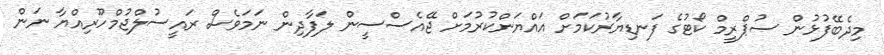
މިދެބޭފުޅުން ސުޕްރީމް ކޯޓުގެ ފަނޑިޔާރުކަމަށް އައްޔަންކުރުމަށް ޖޭއެސްސީން ލަފާދިން ނަމަވެސް ރައީސުލްޖުމްހޫރިއްޔާ ނަން